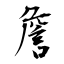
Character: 詹